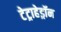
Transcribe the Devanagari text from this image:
टेट्राहेड्रॉन